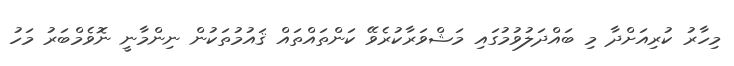
މިހާރު ކުރިއަށްދާ މި ބައްދަލުވުމުގައި މަޝްވަރާކުރެވޭ ކަންތައްތައް ޤައުމުތަކުން ނިންމާނީ ނޮވެމްބަރު މަހު